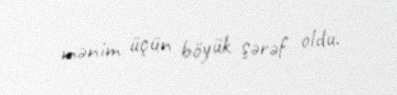
mənim üçün böyük şərəf oldu.